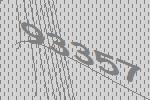
93357